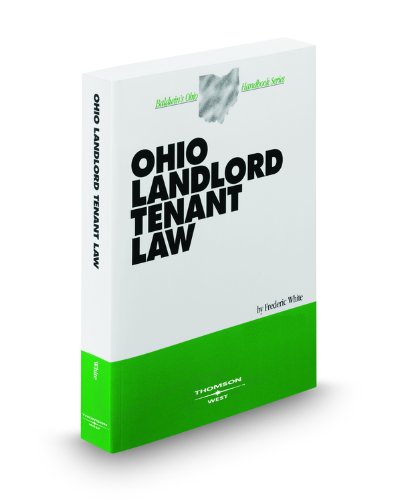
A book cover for Ohio Landlord Tenant Law, 2008-2009 ed. (Baldwin's Ohio Handbook Series); Frederic White; Law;